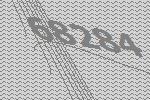
68284